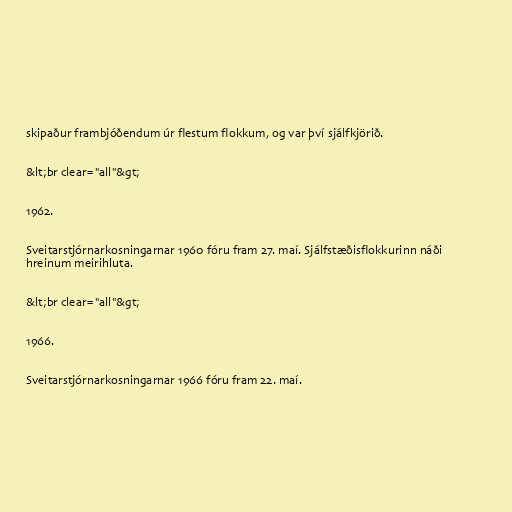
skipaður frambjóðendum úr flestum flokkum, og var því sjálfkjörið.

&lt;br clear="all"&gt;

1962.

Sveitarstjórnarkosningarnar 1960 fóru fram 27. maí. Sjálfstæðisflokkurinn náði
hreinum meirihluta.

&lt;br clear="all"&gt;

1966.

Sveitarstjórnarkosningarnar 1966 fóru fram 22. maí.